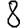
Digit: 8